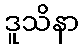
ဒူသိနာ